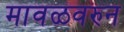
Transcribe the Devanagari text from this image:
मावळवरुन